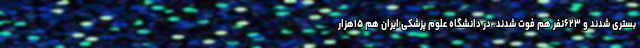
بستری شدند و ۶۲۳نفر هم فوت شدند. در دانشگاه علوم پزشکی ایران هم ۱۵هزار